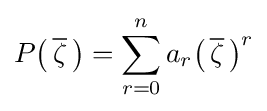
P{\big (}\,{\overline {\zeta }}\,{\big )}=\sum _{r=0}^{n}a_{r}{\big (}\,{\overline {\zeta }}\,{\big )}^{r}